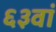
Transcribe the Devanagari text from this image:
६३वां